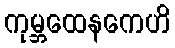
ကုမ္ဘထေနကေဟိ